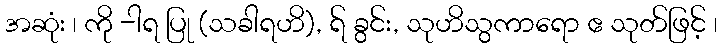
အဆုံး ၊ ကို -ါရ ပြု (သခါရဟိ), ရ် ခွင်း, သုဟိသွကာရော ဧ သုတ်ဖြင့် ၊